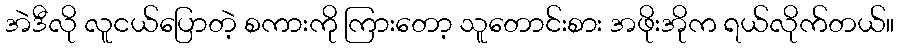
အဲဒီလို လူငယ်ပြောတဲ့ စကားကို ကြားတော့ သူတောင်းစား အဖိုးအိုက ရယ်လိုက်တယ်။